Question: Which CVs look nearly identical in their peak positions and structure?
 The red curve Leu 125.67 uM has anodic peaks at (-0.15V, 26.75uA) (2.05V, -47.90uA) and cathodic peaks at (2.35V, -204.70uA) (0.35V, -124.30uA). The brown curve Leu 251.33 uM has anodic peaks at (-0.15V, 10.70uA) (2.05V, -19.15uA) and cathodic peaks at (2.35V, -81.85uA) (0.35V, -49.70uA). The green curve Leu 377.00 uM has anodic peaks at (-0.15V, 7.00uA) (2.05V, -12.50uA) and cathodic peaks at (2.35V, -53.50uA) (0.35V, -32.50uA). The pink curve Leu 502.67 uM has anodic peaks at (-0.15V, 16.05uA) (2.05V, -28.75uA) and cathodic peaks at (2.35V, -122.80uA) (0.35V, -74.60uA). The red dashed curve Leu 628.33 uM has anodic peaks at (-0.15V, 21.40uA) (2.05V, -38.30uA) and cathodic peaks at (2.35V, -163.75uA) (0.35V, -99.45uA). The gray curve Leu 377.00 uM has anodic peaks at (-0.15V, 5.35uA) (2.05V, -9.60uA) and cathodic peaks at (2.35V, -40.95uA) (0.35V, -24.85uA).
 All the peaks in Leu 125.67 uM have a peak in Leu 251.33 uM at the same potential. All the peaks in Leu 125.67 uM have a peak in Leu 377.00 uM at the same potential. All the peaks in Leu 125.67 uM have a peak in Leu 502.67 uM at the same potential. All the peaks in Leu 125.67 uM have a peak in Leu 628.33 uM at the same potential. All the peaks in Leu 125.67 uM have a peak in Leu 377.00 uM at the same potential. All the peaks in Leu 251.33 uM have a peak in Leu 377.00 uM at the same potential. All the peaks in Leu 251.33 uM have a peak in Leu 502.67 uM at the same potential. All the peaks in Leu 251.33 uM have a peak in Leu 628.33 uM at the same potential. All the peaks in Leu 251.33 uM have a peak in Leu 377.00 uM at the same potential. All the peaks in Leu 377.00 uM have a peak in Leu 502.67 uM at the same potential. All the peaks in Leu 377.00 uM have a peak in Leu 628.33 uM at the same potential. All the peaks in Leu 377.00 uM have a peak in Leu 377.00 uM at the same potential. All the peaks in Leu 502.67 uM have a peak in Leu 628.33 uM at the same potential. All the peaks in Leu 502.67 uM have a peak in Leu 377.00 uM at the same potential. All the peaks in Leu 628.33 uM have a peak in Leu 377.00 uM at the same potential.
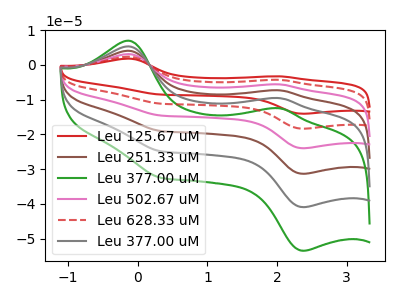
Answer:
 <answer>"Leu 377.00 uM", "Leu 125.67 uM", "Leu 251.33 uM", "Leu 502.67 uM", "Leu 628.33 uM" and "Leu 377.00 uM" have the same shape and are likely CV's of the same chemical.</answer>
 <eval>"Leu 377.00 uM" "Leu 125.67 uM" "Leu 251.33 uM" "Leu 502.67 uM" "Leu 628.33 uM" "Leu 377.00 uM"</eval>